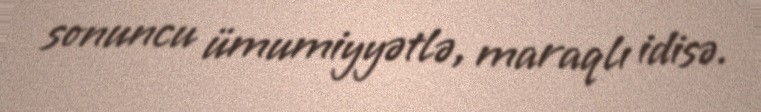
sonuncu ümumiyyətlə, maraqlı idisə.